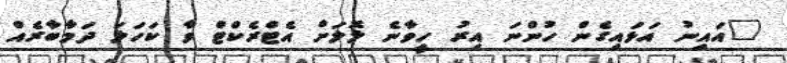
"އައިނު އަޅައިގެން ހުންނަ އިރު ހީވާނެ ލޮލަށް އެޓްރެކްޓް ވާ ކަހަލަ ދަމާބާރެއް